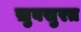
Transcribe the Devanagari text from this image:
ख़ुबसुरत